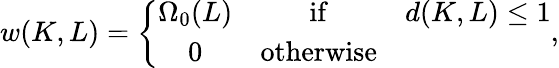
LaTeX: w(K,L)=\left\{ \begin{array}{ccc}{{\Omega_{0}(L)}}&{{\mathrm{if}}}&{{d(K,L)\leq 1}}\\ {{0}}&{{\mathrm{otherwise}}}&{{}}\end{array}\right.,